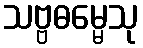
သဗ္ဗဓမ္မေသု